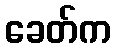
ခေတ်က